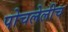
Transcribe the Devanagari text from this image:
पोचलेलीच